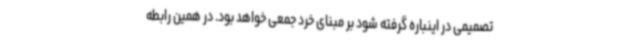
تصمیمی در اینباره گرفته شود بر مبنای خرد جمعی خواهد بود. در همین رابطه